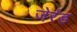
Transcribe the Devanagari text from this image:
जेर्रड